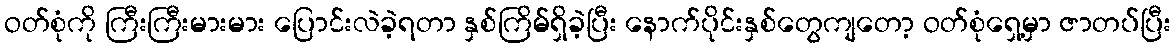
ဝတ်စုံကို ကြီးကြီးမားမား ပြောင်းလဲခဲ့ရတာ နှစ်ကြိမ်ရှိခဲ့ပြီး နောက်ပိုင်းနှစ်တွေကျတော့ ဝတ်စုံရှေ့မှာ ဇာတပ်ပြီး